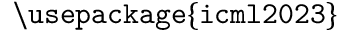
\mathtt { \backslash u s e p a c k a g e \{ i c m l 2 0 2 3 \} }